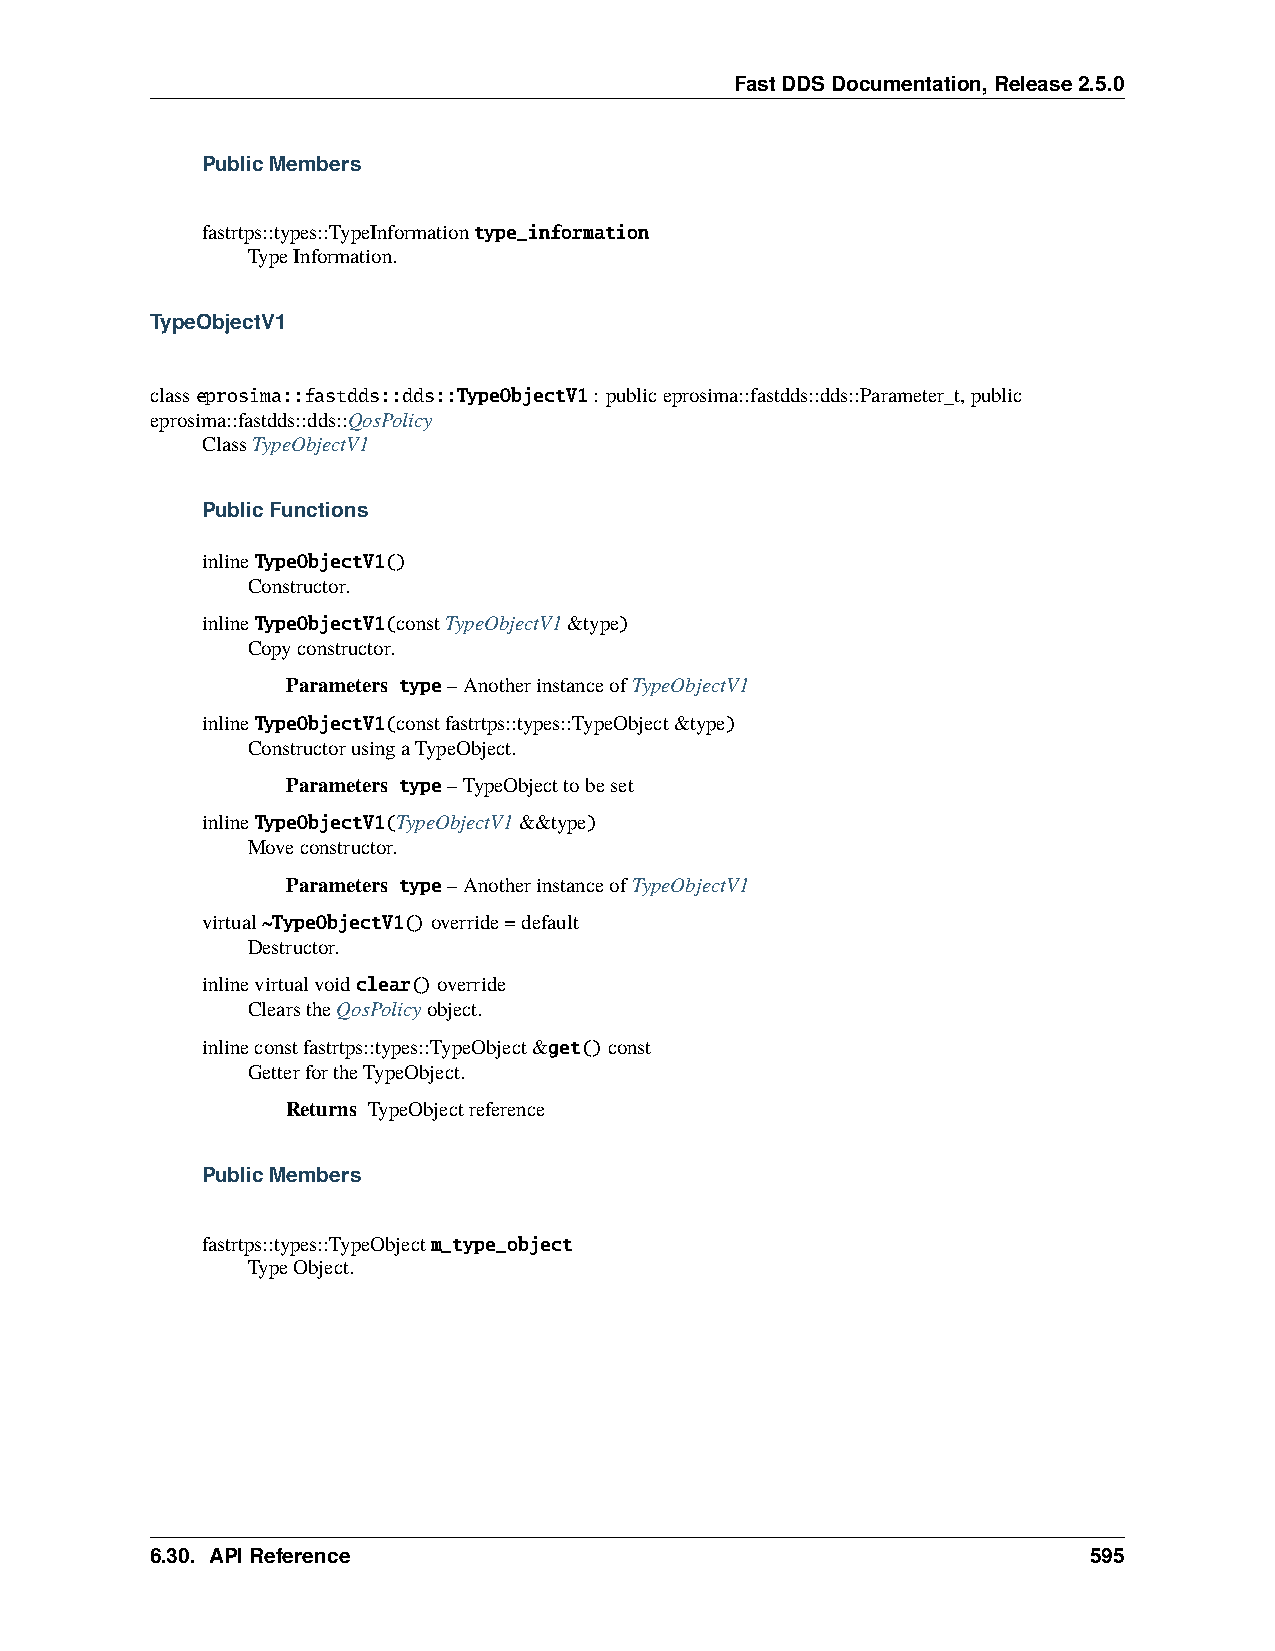
FastDDSDocumentation,Release2.5.0
 PublicMembers
 fastrtps::types::TypeInformationtype_information
 TypeInformation.
 TypeObjectV1
 classeprosima::fastdds::dds::TypeObjectV1: publiceprosima::fastdds::dds::Parameter_t,public
 eprosima::fastdds::dds::QosPolicy
 ClassTypeObjectV1
 PublicFunctions
 inlineTypeObjectV1()
 Constructor.
 inlineTypeObjectV1(constTypeObjectV1&type)
 Copyconstructor.
 Parameters type–AnotherinstanceofTypeObjectV1
 inlineTypeObjectV1(constfastrtps::types::TypeObject&type)
 ConstructorusingaTypeObject.
 Parameters type–TypeObjecttobeset
 inlineTypeObjectV1(TypeObjectV1&&type)
 Moveconstructor.
 Parameters type–AnotherinstanceofTypeObjectV1
 virtual~TypeObjectV1()override=default
 Destructor.
 inlinevirtualvoidclear()override
 ClearstheQosPolicyobject.
 inlineconstfastrtps::types::TypeObject&get()const
 GetterfortheTypeObject.
 Returns TypeObjectreference
 PublicMembers
 fastrtps::types::TypeObjectm_type_object
 TypeObject.
 6.30. APIReference                                            595